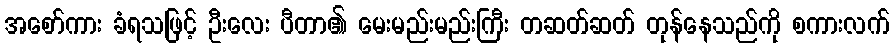
အစော်ကား ခံရသဖြင့် ဦးလေး ပီတာ၏ မေးမည်းမည်းကြီး တဆတ်ဆတ် တုန်နေသည်ကို စကားလက်